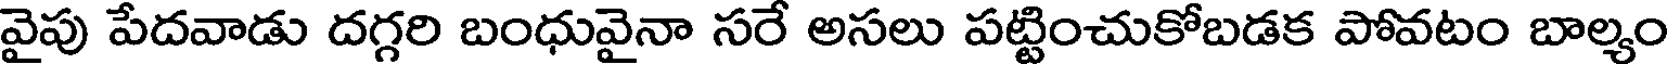
వైపు పేదవాడు దగ్గరి బంధువైనా సరే అసలు పట్టించుకోబడక పోవటం బాల్యం